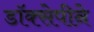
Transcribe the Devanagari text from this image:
डॉक्सेपीने